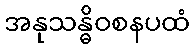
အနုသန္ဓိဝစနပထံ